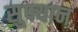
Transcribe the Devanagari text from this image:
सुफ्यान